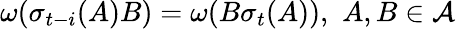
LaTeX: \omega(\sigma_{t-i}(A)B)=\omega(B\sigma_{t}(A)),\, \, A,B\in\mathcal{A}